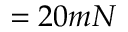
= 2 0 m N